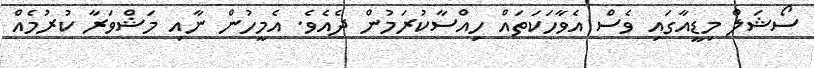
ސޯޝަލް މިޑީއާގައި ވެސް އެވާހަކަތައް ހިއްސާކުރަމުން ދެއެވެ. އެމީހުން ނާއި މަޝްވަރާ ކުރުމެއް